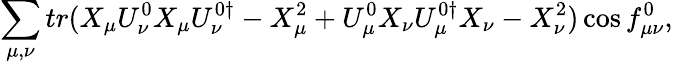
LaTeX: \sum_{\mu,\nu}{tr(X_{\mu}U_{\nu}^{0}X_{\mu}U_{\nu}^{0\dagger}-X_{\mu}^{2}+U_{\mu}^{0}X_{\nu}U_{\mu}^{0\dagger}X_{\nu}-X_{\nu}^{2})\cos{f_{\mu\nu}^{0}}},